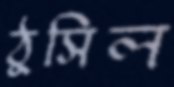
ঠুসিল